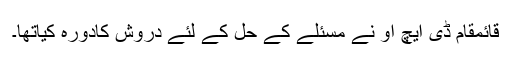
قائمقام ڈی ایچ او نے مسئلے کے حل کے لئے دروش کادورہ کیاتھا۔